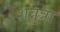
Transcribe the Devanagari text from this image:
शत्रुत्रा